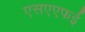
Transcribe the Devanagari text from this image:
एसएएफई